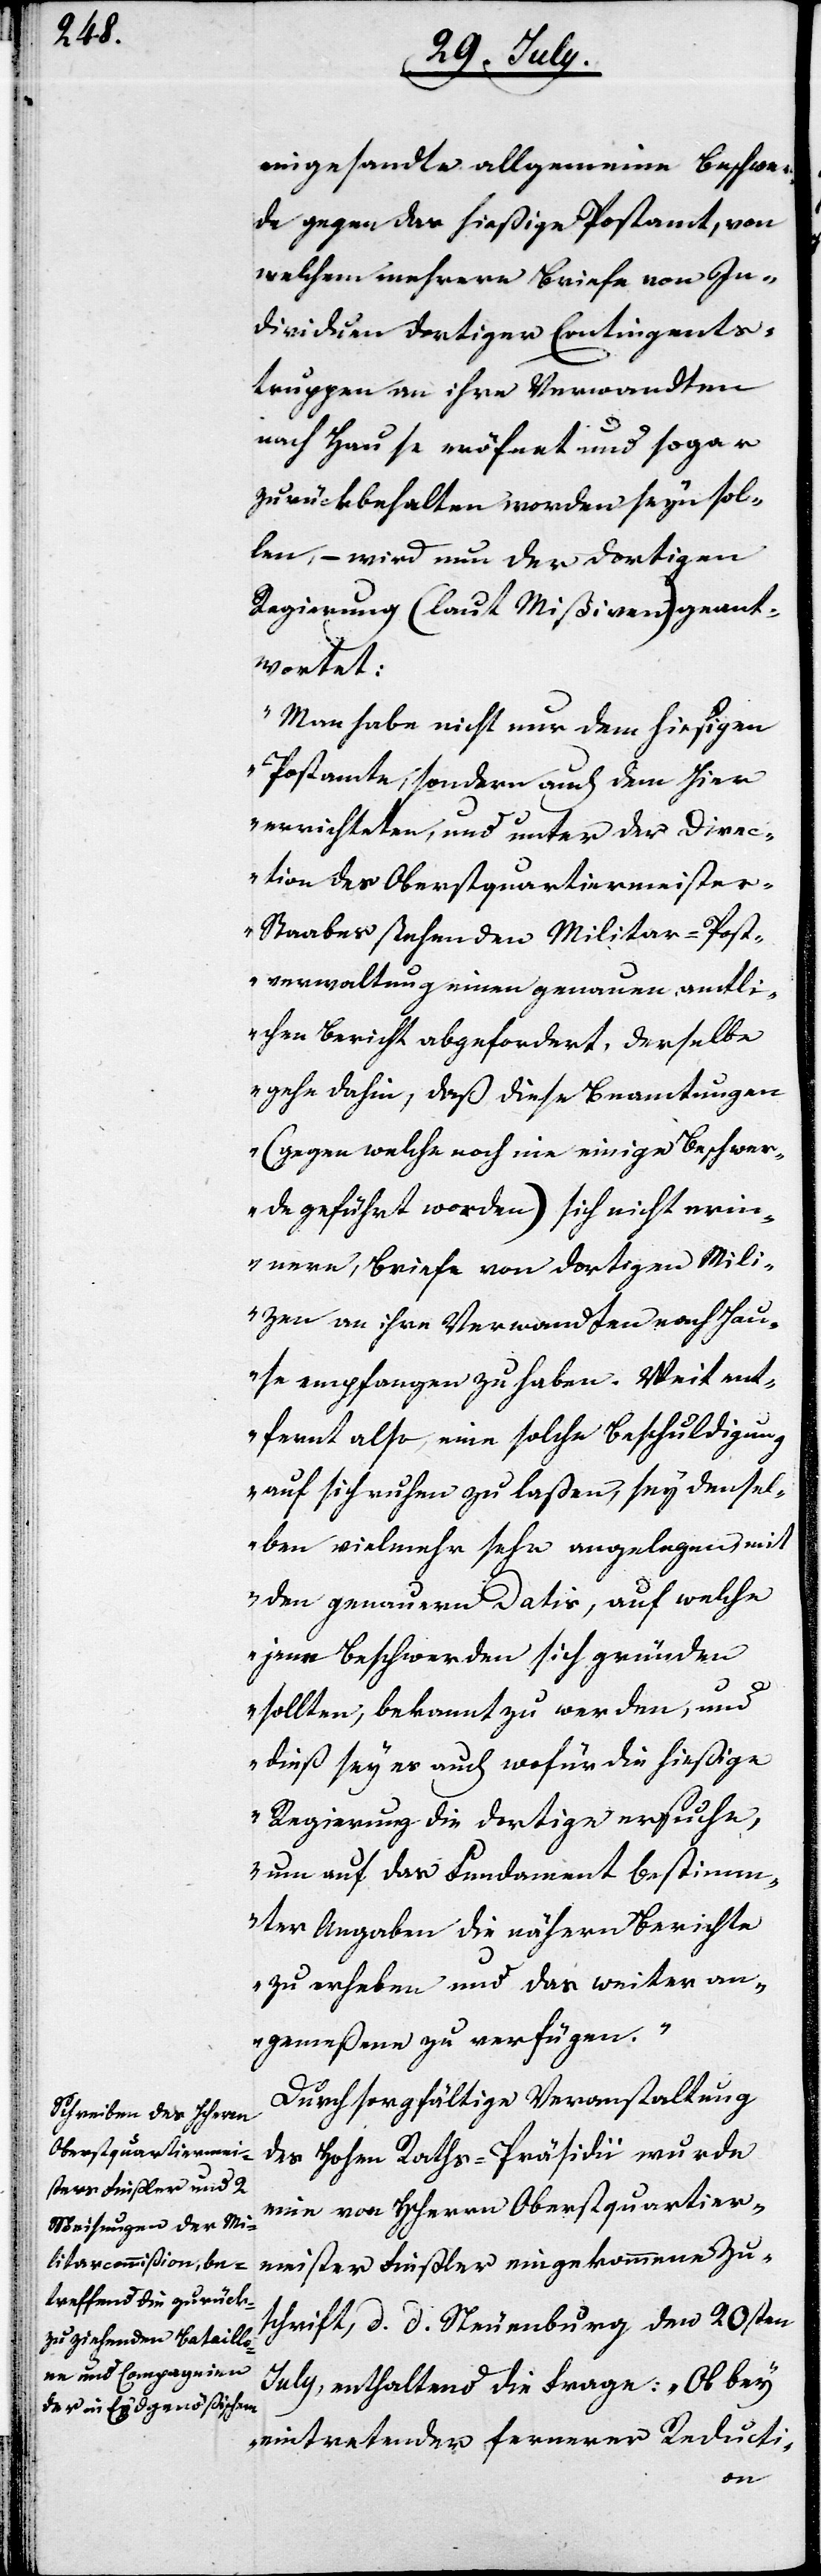
eingesandte allgemeine Beschwer¬
de gegen das hießige Postamt, von
welchem mehrere Briefe von In¬
dividuen dortiger Contingents¬
truppen an ihre Verwandten
nach Hause eröfnet und sogar
zurückbehalten worden seyn sol¬
len, – wird nun der dortigen
Regierung (laut Mißiven) geant¬
wortet:
„Man habe nicht nur dem hießigen
Postamte, sondern auch den hier
errichteten, und unter der Direc¬
tion des Oberstquartiermeiste¬
r-Staabes stehenden Militar-Post¬
verwaltung einen genauen amtl¬
ichen Bericht abgefordert, derselbe
gehe dahin, daß diese Beamtungen
(gegen welche noch nie einige Beschwer¬
den geführt worden) sich nicht eri¬
nnern, Briefe von dortigen Mili¬
zen an ihre Verwandten nach Hau¬
se empfangen zu haben. Weit ent¬
fernt also, eine solche Beschuldigung
auf sich ruhen zu laßen, sey densel¬
ben vielmehr sehr angelegen, mit
den genauern Datis, auf welche
jene Beschwerden sich gründen
sollten, bekannt zu werden, und
dieß sey es auch wofür die hießige
Regierung die dortige ersuche,
um auf das Fundament bestimm¬
ter Angaben die näheren Bericht
zu erheben und das weiter an¬
gemeßene zu verfügen.“
Durch sorgfältige Veranstaltung
des Hohen Raths-Präsidii wurde
eine von HHerrn Oberstquartier¬
meister Finsler eingekommene Zu¬
schrift, d. d. Neuenburg den 20sten
July, enthaltend die Frage: „Ob bey
eintretender fernerer Reducti-